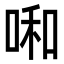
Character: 啝